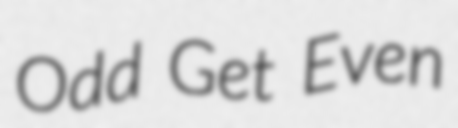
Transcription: Odd Get Even